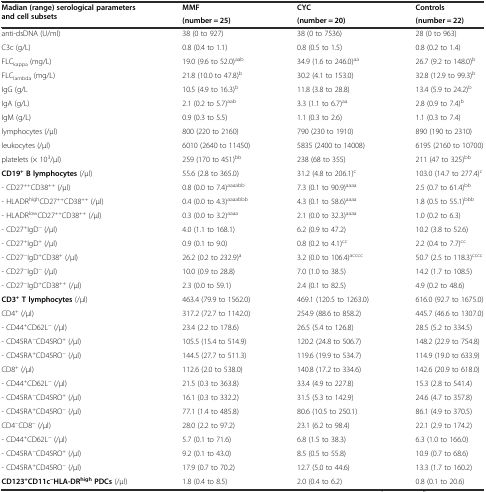
<table><thead><tr><td rowspan="2"><b>Madian (range) serological parameters and cell subsets</b></td><td><b>MMF</b></td><td><b>CYC</b></td><td><b>Controls</b></td></tr><tr><td><b>(number = 25)</b></td><td><b>(number = 20)</b></td><td><b>(number = 22)</b></td></tr></thead><tbody><tr><td>anti-dsDNA (U/ml)</td><td>38 (0 to 927)</td><td>38 (0 to 7536)</td><td>28 (0 to 963)</td></tr><tr><td>C3c (g/L)</td><td>0.8 (0.4 to 1.1)</td><td>0.8 (0.5 to 1.5)</td><td>0.8 (0.2 to 1.4)</td></tr><tr><td>FLC<sub>kappa</sub> (mg/L)</td><td>19.0 (9.6 to 52.0)<sup>aab</sup></td><td>34.9 (1.6 to 246.0)<sup>aa</sup></td><td>26.7 (9.2 to 148.0)<sup>b</sup></td></tr><tr><td>FLC<sub>lambda</sub> (mg/L)</td><td>21.8 (10.0 to 47.8)<sup>b</sup></td><td>30.2 (4.1 to 153.0)</td><td>32.8 (12.9 to 99.3)<sup>b</sup></td></tr><tr><td>IgG (g/L</td><td>10.5 (4.9 to 16.3)<sup>b</sup></td><td>11.8 (3.8 to 28.8)</td><td>13.4 (5.9 to 24.2)<sup>b</sup></td></tr><tr><td>IgA (g/L)</td><td>2.1 (0.2 to 5.7)<sup>aab</sup></td><td>3.3 (1.1 to 6.7)<sup>aa</sup></td><td>2.8 (0.9 to 7.4)<sup>b</sup></td></tr><tr><td>IgM (g/L)</td><td>0.9 (0.3 to 5.5)</td><td>1.1 (0.3 to 2.6)</td><td>1.1 (0.3 to 7.4)</td></tr><tr><td>lymphocytes (/μl)</td><td>800 (220 to 2160)</td><td>790 (230 to 1910)</td><td>890 (190 to 2310)</td></tr><tr><td>leukocytes (/μl)</td><td>6010 (2640 to 11450)</td><td>5835 (2400 to 14008)</td><td>6195 (2160 to 10700)</td></tr><tr><td>platelets (× 10<sup>3</sup>/μl)</td><td>259 (170 to 451)<sup>bb</sup></td><td>238 (68 to 355)</td><td>211 (47 to 325)<sup>bb</sup></td></tr><tr><td><b>CD19</b><sup><b>+</b></sup><b>B lymphocytes</b> (/μl)</td><td>55.6 (2.8 to 365.0)</td><td>31.2 (4.8 to 206.1)<sup>c</sup></td><td>103.0 (14.7 to 277.4)<sup>c</sup></td></tr><tr><td>- CD27<sup>++</sup>CD38<sup>++</sup> (/μl)</td><td>0.8 (0.0 to 7.4)<sup>aaaabb</sup></td><td>7.3 (0.1 to 90.9)<sup>aaaa</sup></td><td>2.5 (0.7 to 61.4)<sup>bb</sup></td></tr><tr><td>- HLADR<sup>high</sup>CD27<sup>++</sup>CD38<sup>++</sup> (/μl)</td><td>0.4 (0.0 to 4.3)<sup>aaaabbb</sup></td><td>4.3 (0.1 to 58.6)<sup>aaaa</sup></td><td>1.8 (0.5 to 55.1)<sup>bbb</sup></td></tr><tr><td>- HLADR<sup>low</sup>CD27<sup>++</sup>CD38<sup>++</sup> (/μl)</td><td>0.3 (0.0 to 3.2)<sup>aaaa</sup></td><td>2.1 (0.0 to 32.3)<sup>aaaa</sup></td><td>1.0 (0.2 to 6.3)</td></tr><tr><td>- CD27<sup>+</sup>IgD<sup>−</sup> (/μl)</td><td>4.0 (1.1 to 168.1)</td><td>6.2 (0.9 to 47.2)</td><td>10.2 (3.8 to 52.6)</td></tr><tr><td>- CD27<sup>+</sup>IgD<sup>+</sup> (/μl)</td><td>0.9 (0.1 to 9.0)</td><td>0.8 (0.2 to 4.1)<sup>cc</sup></td><td>2.2 (0.4 to 7.7)<sup>cc</sup></td></tr><tr><td>- CD27<sup>−</sup>IgD<sup>+</sup>CD38<sup>+</sup> (/μl)</td><td>26.2 (0.2 to 232.9)<sup>a</sup></td><td>3.2 (0.0 to 106.4)<sup>acccc</sup></td><td>50.7 (2.5 to 118.3)<sup>cccc</sup></td></tr><tr><td>- CD27<sup>−</sup>IgD<sup>−</sup> (/μl)</td><td>10.0 (0.9 to 28.8)</td><td>7.0 (1.0 to 38.5)</td><td>14.2 (1.7 to 108.5)</td></tr><tr><td>- CD27<sup>−</sup>IgD<sup>+</sup>CD38<sup>++</sup> (/μl)</td><td>2.3 (0.0 to 59.1)</td><td>2.4 (0.1 to 82.5)</td><td>4.9 (0.2 to 48.6)</td></tr><tr><td><b>CD3</b><sup><b>+</b></sup><b>T lymphocytes</b> (/μl)</td><td>463.4 (79.9 to 1562.0)</td><td>469.1 (120.5 to 1263.0)</td><td>616.0 (92.7 to 1675.0)</td></tr><tr><td>CD4<sup>+</sup> (/μl)</td><td>317.2 (72.7 to 1142.0)</td><td>254.9 (88.6 to 858.2)</td><td>445.7 (46.6 to 1307.0)</td></tr><tr><td>- CD44<sup>+</sup>CD62L<sup>−</sup> (/μl)</td><td>23.4 (2.2 to 178.6)</td><td>26.5 (5.4 to 126.8)</td><td>28.5 (5.2 to 334.5)</td></tr><tr><td>- CD45RA<sup>−</sup>CD45RO<sup>+</sup> (/μl)</td><td>105.5 (15.4 to 514.9)</td><td>120.2 (24.8 to 506.7)</td><td>148.2 (22.9 to 754.8)</td></tr><tr><td>- CD45RA<sup>+</sup>CD45RO<sup>−</sup> (/μl)</td><td>144.5 (27.7 to 511.3)</td><td>119.6 (19.9 to 534.7)</td><td>114.9 (19.0 to 633.9)</td></tr><tr><td>CD8<sup>+</sup> (/μl)</td><td>112.6 (2.0 to 538.0)</td><td>140.8 (17.2 to 334.6)</td><td>142.6 (20.9 to 618.0)</td></tr><tr><td>- CD44<sup>+</sup>CD62L<sup>−</sup> (/μl)</td><td>21.5 (0.3 to 363.8)</td><td>33.4 (4.9 to 227.8)</td><td>15.3 (2.8 to 541.4)</td></tr><tr><td>- CD45RA<sup>−</sup>CD45RO<sup>+</sup> (/μl)</td><td>16.1 (0.3 to 332.2)</td><td>31.5 (5.3 to 142.9)</td><td>24.6 (4.7 to 357.8)</td></tr><tr><td>- CD45RA<sup>+</sup>CD45RO<sup>−</sup> (/μl)</td><td>77.1 (1.4 to 485.8)</td><td>80.6 (10.5 to 250.1)</td><td>86.1 (4.9 to 370.5)</td></tr><tr><td>CD4<sup>−</sup>CD8<sup>−</sup> (/μl)</td><td>28.0 (2.2 to 97.2)</td><td>23.1 (6.2 to 98.4)</td><td>22.1 (2.9 to 174.2)</td></tr><tr><td>- CD44<sup>+</sup>CD62L<sup>−</sup> (/μl)</td><td>5.7 (0.1 to 71.6)</td><td>6.8 (1.5 to 38.3)</td><td>6.3 (1.0 to 166.0)</td></tr><tr><td>- CD45RA<sup>−</sup>CD45RO<sup>+</sup> (/μl)</td><td>9.2 (0.1 to 43.0)</td><td>8.5 (0.5 to 55.8)</td><td>10.9 (0.7 to 68.6)</td></tr><tr><td>- CD45RA<sup>+</sup>CD45RO<sup>−</sup> (/μl)</td><td>17.9 (0.7 to 70.2)</td><td>12.7 (5.0 to 44.6)</td><td>13.3 (1.7 to 160.2)</td></tr><tr><td><b>CD123</b><sup><b>+</b></sup><b>CD11c</b><sup><b>−</b></sup><b>HLA-DR</b><sup><b>high</b></sup><b>PDCs</b> (/μl)</td><td>1.8 (0.4 to 8.5)</td><td>2.0 (0.4 to 6.2)</td><td>0.8 (0.1 to 20.6)</td></tr></tbody></table>